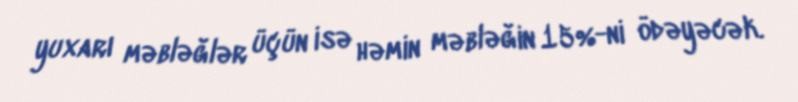
yuxarı məbləğlər üçün isə həmin məbləğin 15%-ni ödəyəcək.